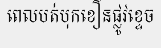
ពេលបត់បុកខឿនផ្លូវខ្ទេច